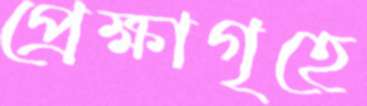
প্রেক্ষাগৃহে